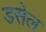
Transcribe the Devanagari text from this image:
डसेल